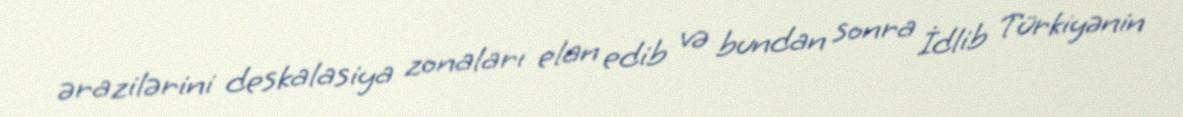
ərazilərini deskalasiya zonaları elan edib və bundan sonra İdlib Türkiyənin